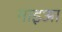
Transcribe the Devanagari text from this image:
माइआ